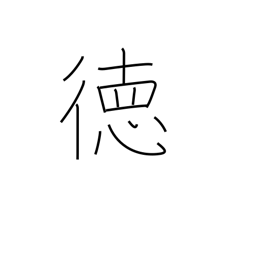
Meaning: virtue